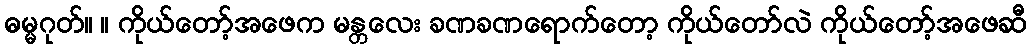
ဓမ္မဂုတ်။ ။ ကိုယ်တော့်အဖေက မန္တလေး ခဏခဏရောက်တော့ ကိုယ်တော်လဲ ကိုယ်တော့်အဖေဆီ